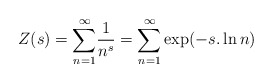
\begin{align*}Z(s)=\underset{n=1}{\overset{\infty }{\sum }}\frac{1}{n^s}=\underset{n=1}{\overset{\infty }{\sum }}\exp (-s.\ln n) \end{align*}